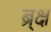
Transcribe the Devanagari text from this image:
ब्र्क्ष